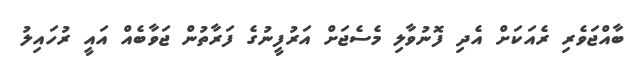
ބާއްޖަވެރި ރެއަކަށް އެދި ފޮނުވާލި މެސެޖަށް އަރުފީނުގެ ފަރާތުން ޖަވާބެއް އައީ ރުހައިލު